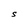
Character: S